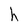
Character: h